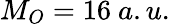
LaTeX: M_{O}=16\ a.u.